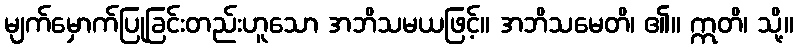
မျက်မှောက်ပြုခြင်းတည်းဟူသော အဘိသမယဖြင့်။ အဘိသမေတိ၊ ၏။ ဣတိ၊ သို့။